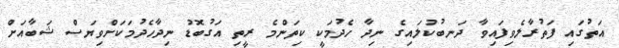
އަތުގައި ފަތުރާލެވިފައިވާ ދަނބުކުލައިގެ ނިދާ ހެދުމަކީ ކިތަންމެ ރީތި އަގުބޮޑު ނިދާހެދުމަކަށްވިޔަސް ޝަބާއަށް